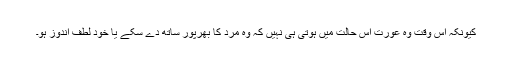
کیونکہ اس وقت وہ عورت اس حالت میں ہوتی ہی نہیں کہ وہ مرد کا بھرپور ساتھ دے سکے یا خود لطف اندوز ہو۔